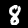
Label: 8